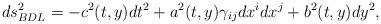
LaTeX: \begin{align*}ds^2_{BDL} = -c^2(t,y) dt^2 +a^2(t,y)\gamma_{ij}dx^idx^j +b^2(t,y)dy^2,\end{align*}